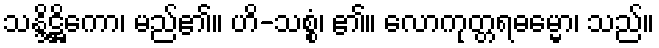
သန္ဒိဋ္ဌိကော၊ မည်၏။ ဟိ-သစ္စံ၊ ၏။ လောကုတ္တရဓမ္မော၊ သည်။